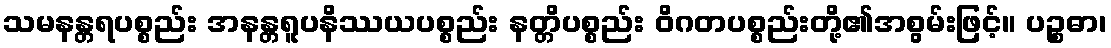
သမနန္တရပစ္စည်း အနန္တရူပနိဿယပစ္စည်း နတ္တိပစ္စည်း ဝိဂတပစ္စည်းတို့၏အစွမ်းဖြင့်။ ပဉ္စဓာ၊